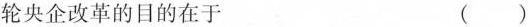
轮央企改革的目的在于 ()